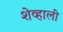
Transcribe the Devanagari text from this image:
शेव्हाली